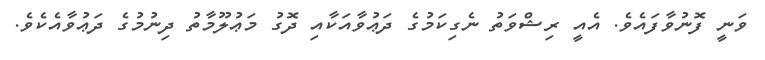
ވަނީ ފޮނުވާފައެވެ. އެއީ ރިޝްވަތު ނެގިކަމުގެ ދަޢުވާއަކާއި ދޮގު މަޢުލޫމާތު ދިނުމުގެ ދަޢުވާއެކެވެ.